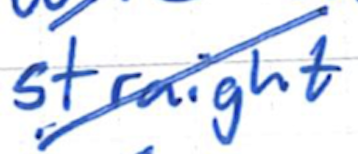
Text: straight
Cross-out: mix
Writing tool: ballpoint